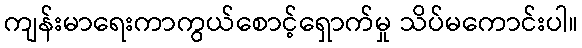
ကျန်းမာရေးကာကွယ်စောင့်ရှောက်မှု သိပ်မကောင်းပါ။